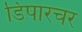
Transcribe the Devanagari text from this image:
डिपारचर